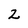
Character: 2